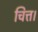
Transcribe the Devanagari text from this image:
चित्त।